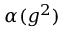
\alpha ( g ^ { 2 } )